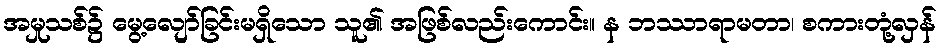
အမှုသစ်၌ မွေ့လျော်ခြင်းမရှိသော သူ၏ အဖြစ်လည်းကောင်း။ န ဘဿာရာမတာ၊ စကားတုံ့လှန်